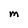
Character: M